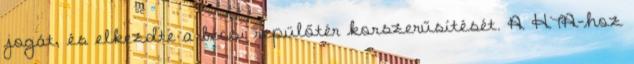
jogát, és elkezdte a bécsi repülőtér korszerűsítését. A HTA-hoz